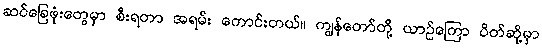
ဆင်ခြေဖုံးတွေမှာ စီးရတာ အရမ်း ကောင်းတယ်။ ကျွန်တော်တို့ ယာဉ်ကြော ပိတ်ဆို့မှာ